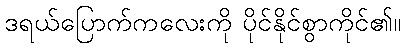
ဒရယ်ပြောက်ကလေးကို ပိုင်နိုင်စွာကိုင်၏။